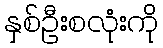
နှစ်ဦးစလုံးကို